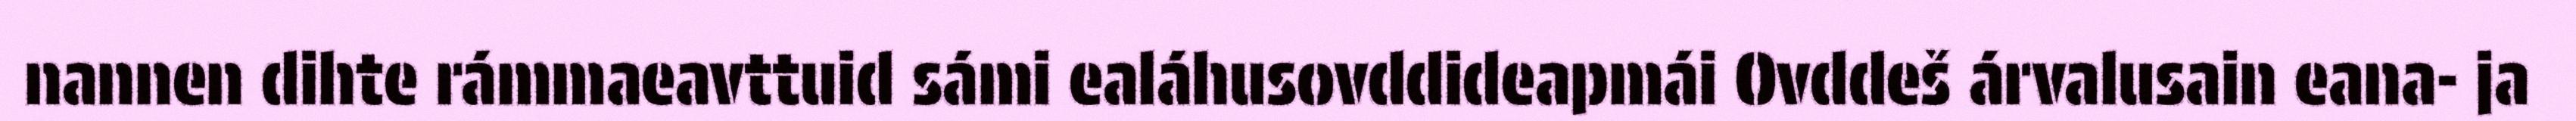
nannen dihte rámmaeavttuid sámi ealáhusovddideapmái Ovddeš árvalusain eana- ja